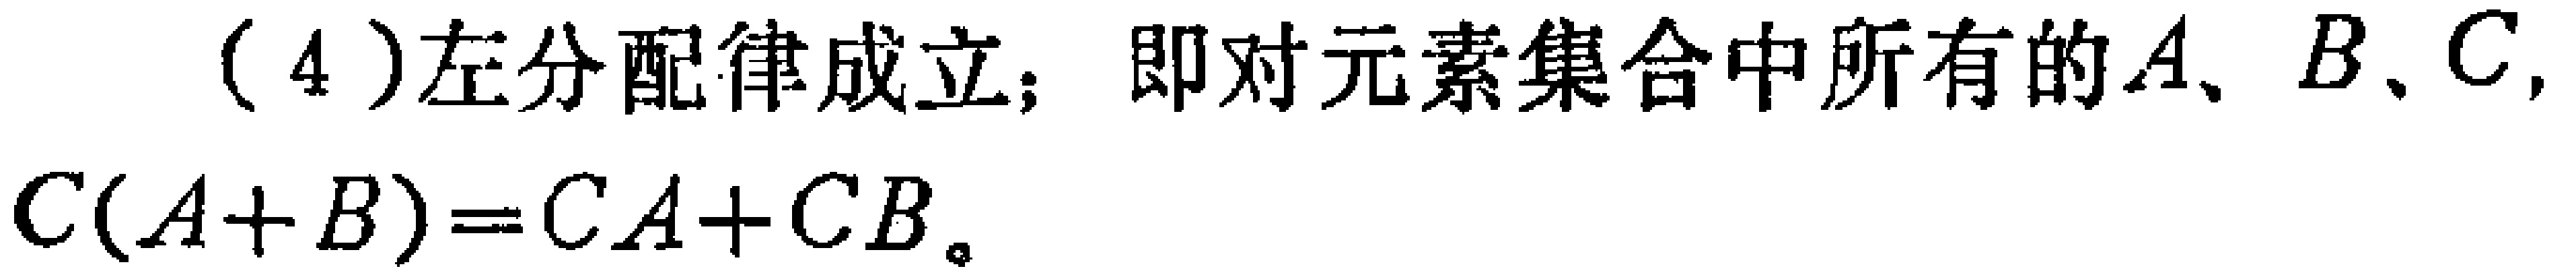
(4)左分配律成立；即对元素集合中所有的\(A、B、C\)，
\(C(A + B)=CA + CB\)。